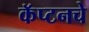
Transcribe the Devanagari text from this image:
कॅप्टनचे